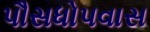
પૌસધોપવાસ